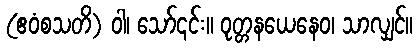
(ဧဝံစသတိ) ဝါ၊ သော်၎င်း။ ဝုတ္တနယေနေဝ၊ သာလျှင်။